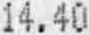
14.40